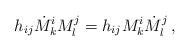
LaTeX: \begin{align*}h_{ij} \dot{M}^i_k M^j_l=h_{ij}M^i_k \dot{M} ^j_l\,,\end{align*}